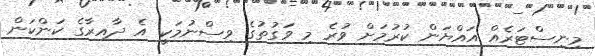
މިނިސްޓަރެއް އައްޔަން ކުރުމަށް ވުރެ މި ވަގުތުގެ ވިސްނުމަކީ އެ ދާއިރާގެ ކަންކަން